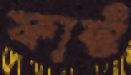
ফাস্ট